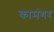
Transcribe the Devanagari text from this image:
कामंगर